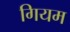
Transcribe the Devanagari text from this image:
गियम